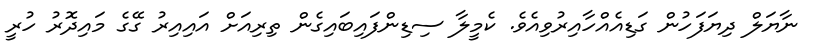
ނާޔަލް ދިޔަފަހުން ގަޑިއެއްހާއިރުވިއެވެ. ކެމީލާ ސިޑިންފައިބައިގެން ތިރިއަށް އައިއިރު ގޭގެ މައިދޮރު ހުރީ